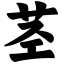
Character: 茎